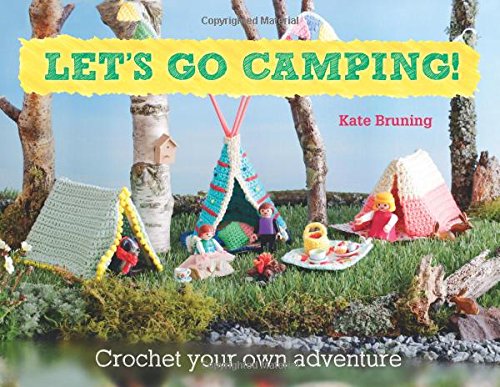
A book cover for Let's Go Camping!: Crochet Your Own Adventure; Kate Bruning; Crafts, Hobbies & Home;